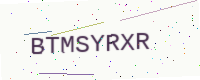
Text: BTMSYRXR